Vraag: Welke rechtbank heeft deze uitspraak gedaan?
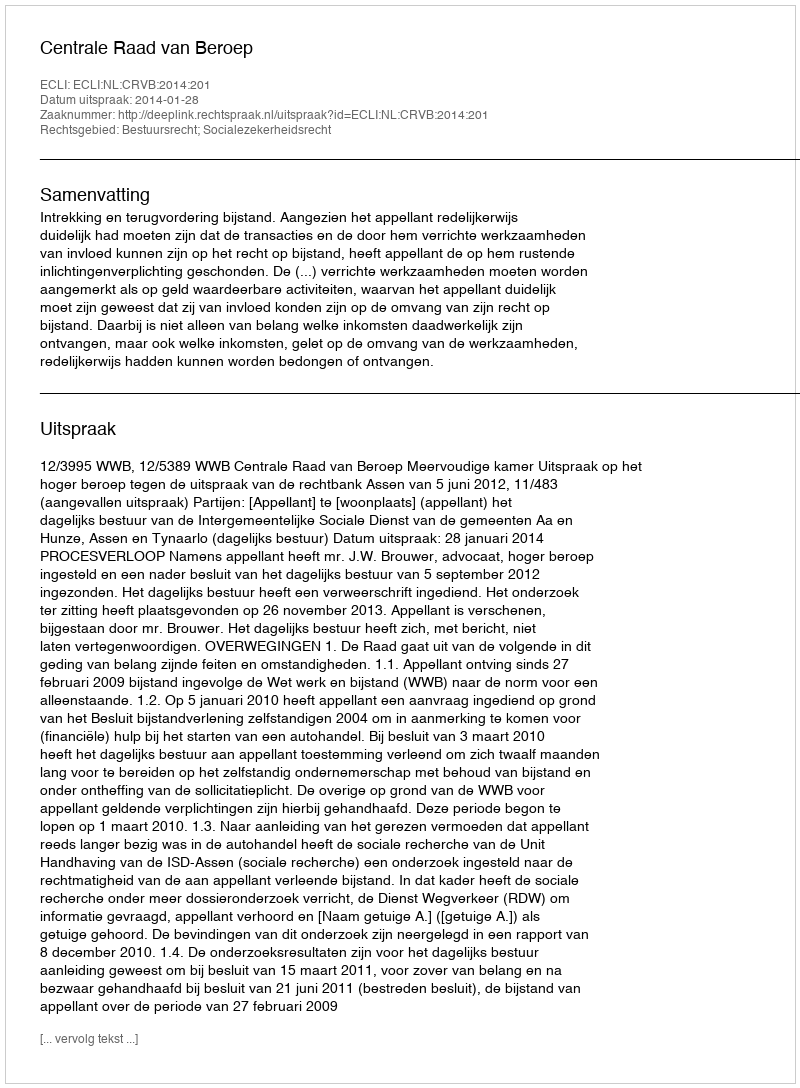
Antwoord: Centrale Raad van Beroep